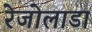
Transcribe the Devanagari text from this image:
रेजोलाडा